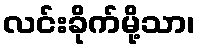
လင်းခိုက်မို့သာ၊